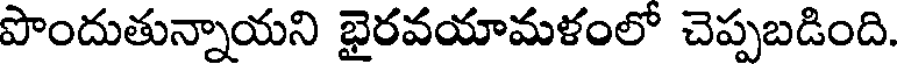
పొందుతున్నాయని భైరవయామళంలో చెప్పబడింది.